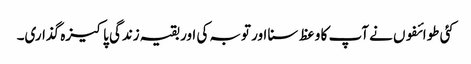
کئی طوائفوں نے آپ کا وعظ سنا اور توبہ کی اور بقیہ زندگی پاکیزہ گذاری۔